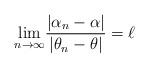
LaTeX: \begin{align*}\underset{n\rightarrow \infty }{\lim }\frac{\left\vert \alpha_{n}-\alpha\right\vert }{\left\vert \theta_{n}-\theta\right\vert }=\ell \end{align*}